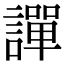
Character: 譂